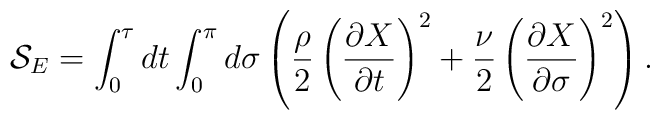
{\cal S}_E=\int_0^{\tau}dt\int_0^{\pi}d\sigma \left ( \frac{\rho}{2}\left ( \frac{\partial X}{\partial t} \right )^2 +\frac{\nu}{2} \left ( \frac{\partial X}{\partial \sigma} \right )^2 \right ).